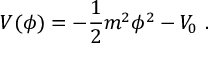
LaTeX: V ( \phi ) = - { \frac { 1 } { 2 } } m ^ { 2 } \phi ^ { 2 } - V _ { 0 } \ .